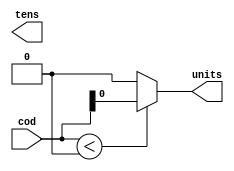
/**************************************************************************************
*	Description
*		This is a BCD to 7 segments in table way 
*		1.0
*	Author:
*		Ing. Flix Godoy Martnez
*	Date:
*		08/07/20
***************************************************************************************/

module Decoder_Unit_Tens
(
	// Input Ports
	input [4 : 0] cod,
	
	// Output Ports
	output units, tens
	
);

reg [3:0]cod_reg_1;
reg [3:0]cod_reg_2;

always@(cod) begin

	if(cod < 5'b00000)
		cod_reg_1 = cod[3:0];
	else
		cod_reg_1 = 0;
	
end

assign units = cod_reg_1;
assign tens = cod_reg_2;


endmodule